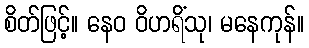
စိတ်ဖြင့်။ နေဝ ဝိဟရိံသု၊ မနေကုန်။